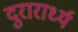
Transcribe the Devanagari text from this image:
दुरारार्ध्य